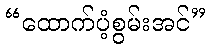
“ထောက်ပံ့စွမ်းအင်”